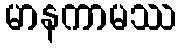
မာနကာမဿ